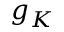
g _ { K }